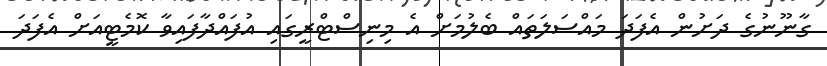
ގާނޫނުގެ ދަށުން އެފަދަ މައްސަލަތައް ބެލުމަށް އެ މިނިސްޓްރީގައި އުފައްދާފައިވާ ކޮމެޓީއަށް އެފަދަ